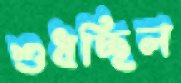
শুধচ্ছিল